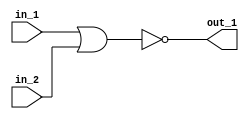
// Modelling a NOR gate

module top_module(in_1, in_2, out_1);

	input in_1, in_2;
	output out_1;

	assign out_1 = ~(in_1 | in_2); 

endmodule